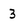
Character: 3